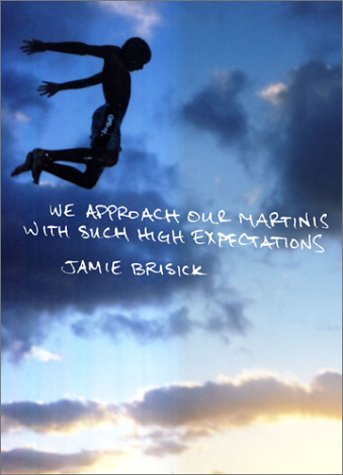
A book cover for We Approach Our Martinis with Such High Expectations; Jamie Brisick; Sports & Outdoors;